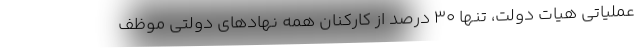
عملیاتی هیات دولت، تنها ۳۰ درصد از کارکنان همه نهادهای دولتی موظف